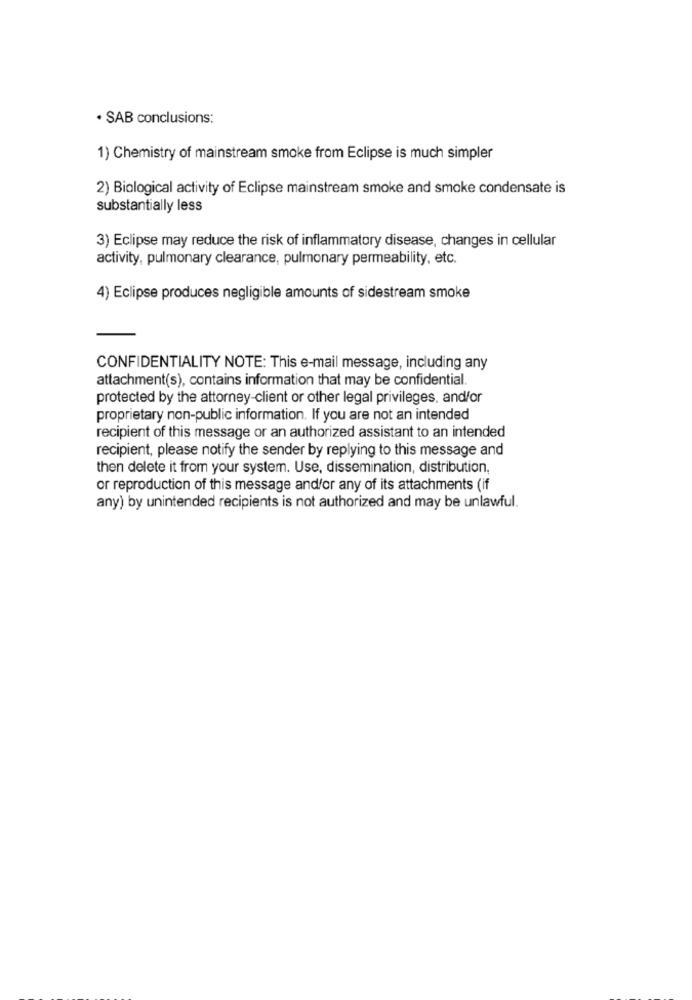
· SAB conclusions:
1) Chemistry of mainstream smoke from Eclipse is much simpler
2) Biological activity of Eclipse mainstream smoke and smoke condensate is
substantially less
3) Eclipse may reduce the risk of inflammatory disease, changes in cellular
activity, pulmonary clearance, pulmonary permeability, etc.
4) Eclipse produces negligible amounts of sidestream smoke
CONFIDENTIALITY NOTE: This e-mail message, including any
attachment(s), contains information that may be confidential.
protected by the attorney-client or other legal privileges. and/or
proprietary non-public information. If you are not an intended
recipient of this message or an authorized assistant to an intended
recipient, please notify the sender by replying to this message and
then delete it from your system. Use, dissemination, distribution,
or reproduction of this message and/or any of its attachments (if
any) by unintended recipients is not authorized and may be unlawful.